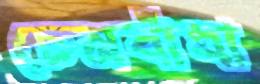
চেনবাঁধা